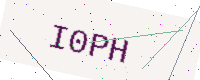
Text: I0PH